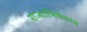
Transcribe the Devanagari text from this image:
राज्याभिषेकास